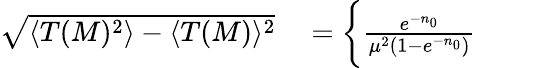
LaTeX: \begin{array}{rl}{\sqrt{\langle T(M)^{2}\rangle-\langle T(M)\rangle^{2}}}&{{}=\left\{ \frac{e^{-n_{0}}}{\mu^{2}(1-e^{-n_{0}})}\phantom{\left[\sum_{i}^{j}\right]^{2}}\right.}\end{array}